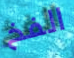
الفخ